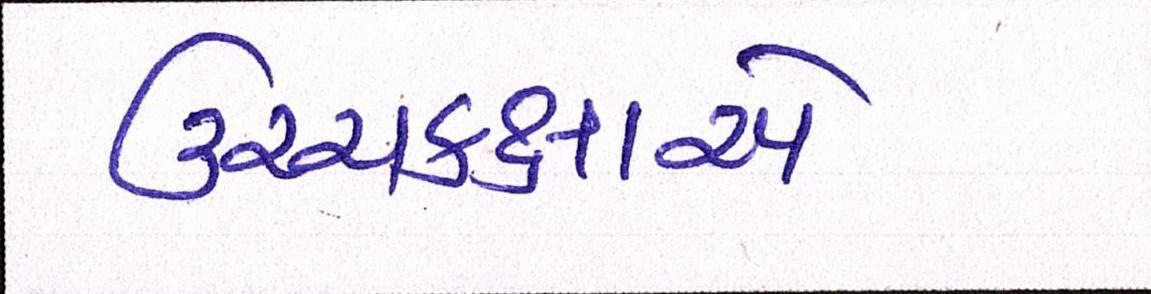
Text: ઉચ્ચકક્ષાએ